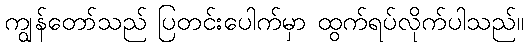
ကျွန်တော်သည် ပြတင်းပေါက်မှာ ထွက်ရပ်လိုက်ပါသည်။